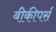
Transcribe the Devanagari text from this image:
बीकीपर्स